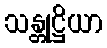
သန္တုဋ္ဌိယာ